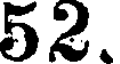
52.